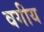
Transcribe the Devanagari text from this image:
वगीय